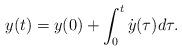
LaTeX: \begin{align*}y(t)=y(0)+\int_0^t \dot{y}(\tau)d\tau.\end{align*}